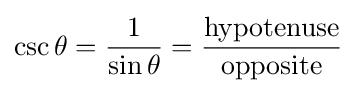
\csc \theta ={\frac {1}{\sin \theta }}={\frac {\mathrm {hypotenuse} }{\mathrm {opposite} }}